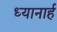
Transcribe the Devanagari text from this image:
ध्यानार्ह